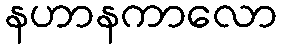
နဟာနကာလော